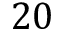
2 0